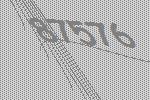
87576